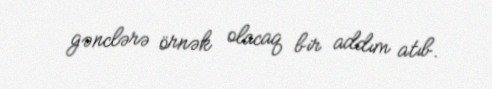
gənclərə örnək olacaq bir addım atıb.